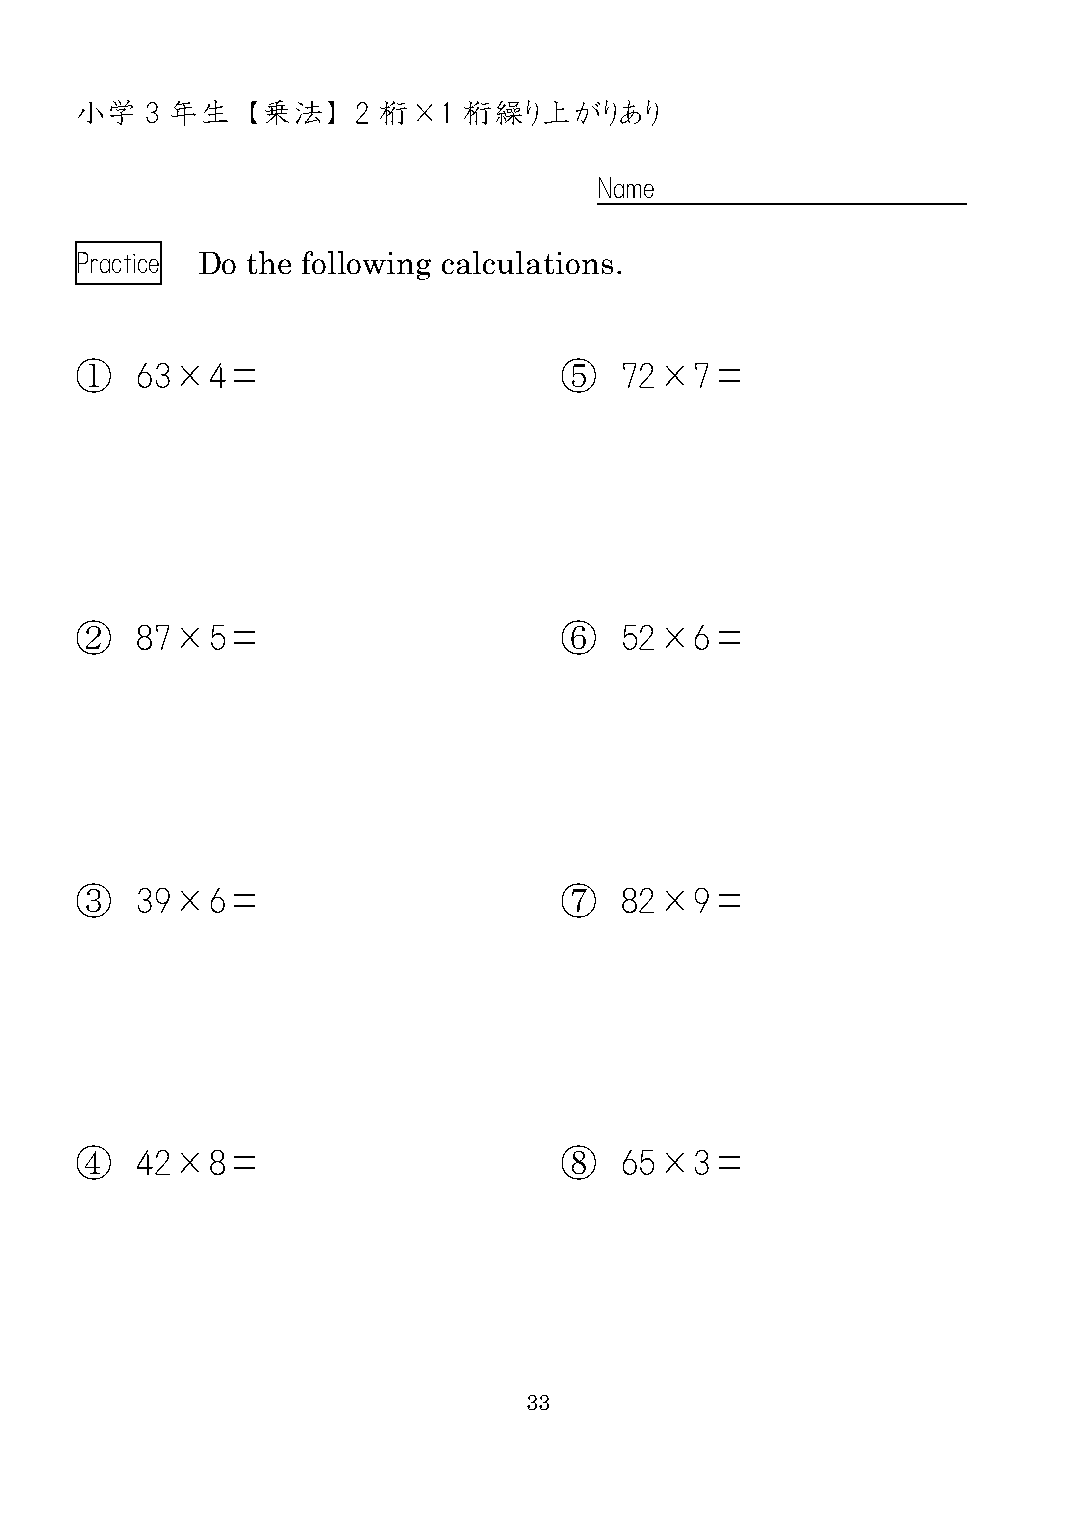
小学   3 年生  【乗法】    2 桁×1  桁繰り上がりあり
 Name
 Practice Do the following calculations.
 ①   63×4＝                       ⑤   72×7＝
 ②   87×5＝                       ⑥   52×6＝
 ③   39×6＝                       ⑦   82×9＝
 ④   42×8＝                       ⑧   65×3＝
 33